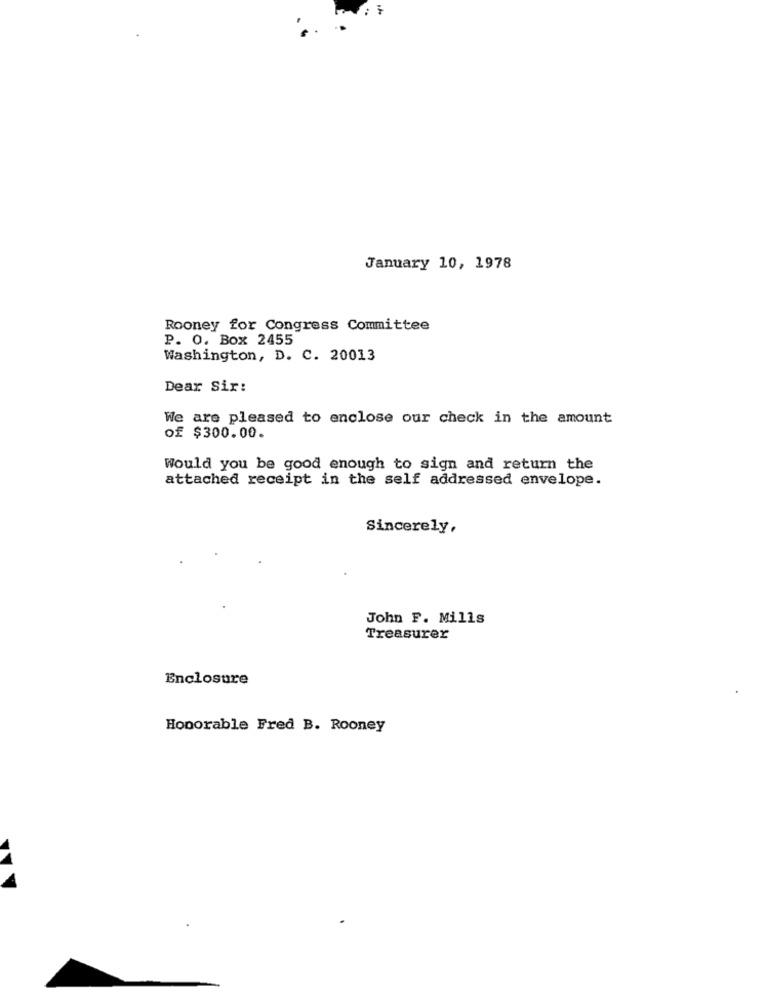
January 10, 1978
Rooney for Congress Committee
P. O. Box 2455
Washington, D. C. 20013
Dear Sir:
We are pleased to enclose our check in the amount
of $300.00.
Would you be good enough to sign and return the
attached receipt in the self addressed envelope.
Sincerely,
John F. Mills
Treasurer
Enclosure
Honorable Fred B. Rooney